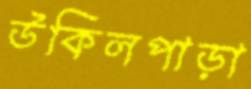
উকিলপাড়া